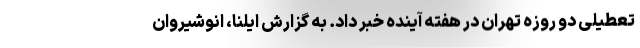
تعطیلی دو روزه تهران در هفته آینده خبر داد. به گزارش ایلنا، انوشیروان